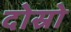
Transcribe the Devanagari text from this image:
दोस्रो